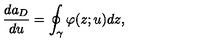
\frac { d a _ { D } } { d u } = \oint _ { \gamma } \varphi ( z ; u ) d z ,